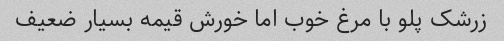
زرشک پلو با مرغ خوب اما خورش قیمه بسیار ضعیف